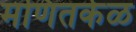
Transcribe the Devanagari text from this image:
मणितर्कळ